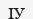
ІУ